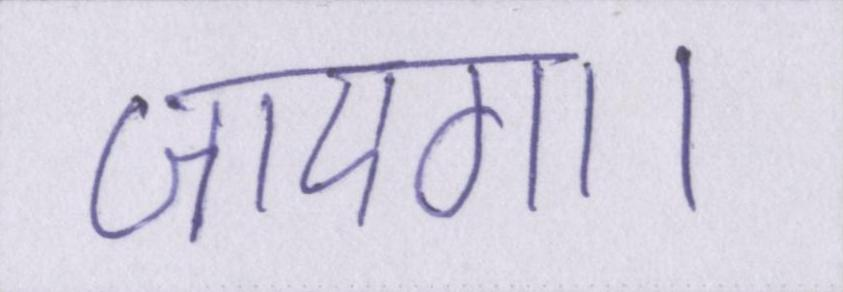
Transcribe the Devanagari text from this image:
जाएगा।